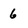
Character: 6